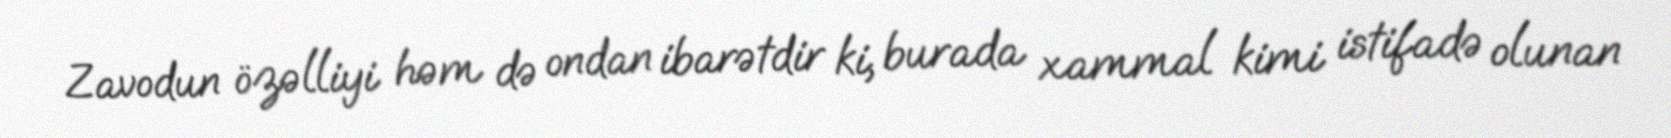
Zavodun özəlliyi həm də ondan ibarətdir ki, burada xammal kimi istifadə olunan